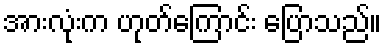
အားလုံးက ဟုတ်ကြောင်း ပြောသည်။